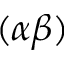
( \alpha \beta )